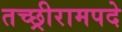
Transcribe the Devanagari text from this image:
तच्छ्रीरामपदे